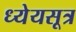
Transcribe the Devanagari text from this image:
ध्येयसूत्र